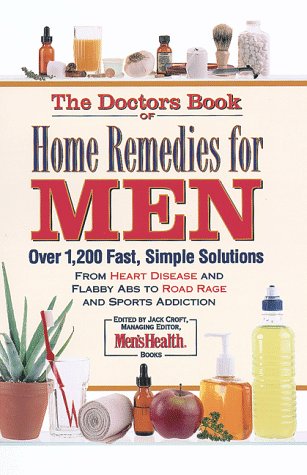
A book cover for The Doctor's Book of Home Remedies for Men: From Heart Disease and Headaches to Flabby Abs and Road Rage, Over 2,000 Simple Solutions; Health, Fitness & Dieting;